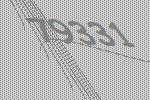
79331